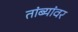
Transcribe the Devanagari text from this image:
तांब्यांवर